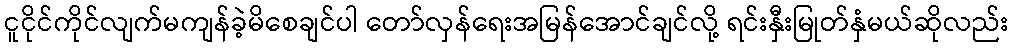
ငူငိုင်ကိုင်လျက်မကျန်ခဲ့မိစေချင်ပါ တော်လှန်ရေးအမြန်အောင်ချင်လို့ ရင်းနှီးမြုတ်နှံမယ်ဆိုလည်း